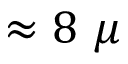
\approx 8 ~ \mu